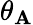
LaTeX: \theta_{\mathbf{A}}